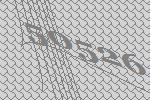
50526